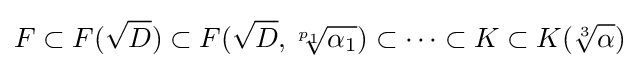
F\subset F({\sqrt {D}})\subset F({\sqrt {D}},{\sqrt[{p_{1}}]{\alpha _{1}}})\subset \cdots \subset K\subset K({\sqrt[{3}]{\alpha }})